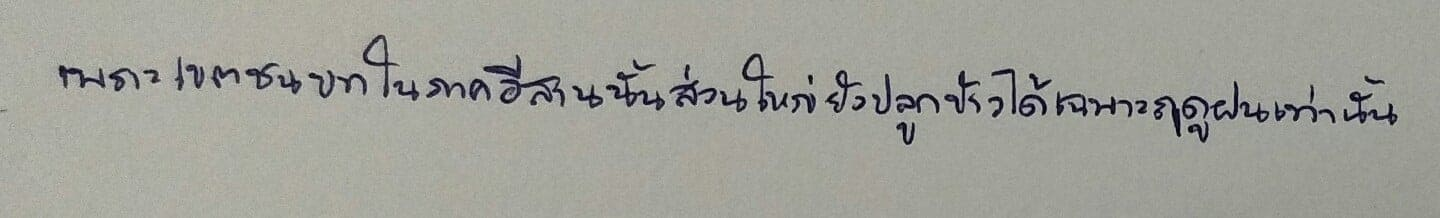
เพราะเขตชนบทในภาคอีสานนั้นส่วนใหญ่ยังปลูกข้าวได้เฉพาะฤดูฝนเท่านั้น